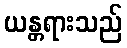
ယန္တရားသည်